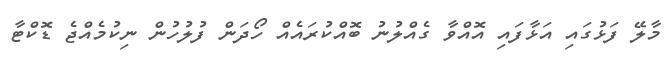
މާލޭ ފަޅުގައި އަޅާފައި އޮއްވާ ގެއްލުނު ބޮއްކުރައެއް ހޯދަން ފުލުހުން ނިކުމެއްޖެ ޑޮކްޓާ